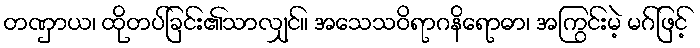
တဏှာယ၊ ထိုတပ်ခြင်း၏သာလျှင်။ အသေသဝိရာဂနိရောဓာ၊ အကြွင်းမဲ့ မဂ်ဖြင့်